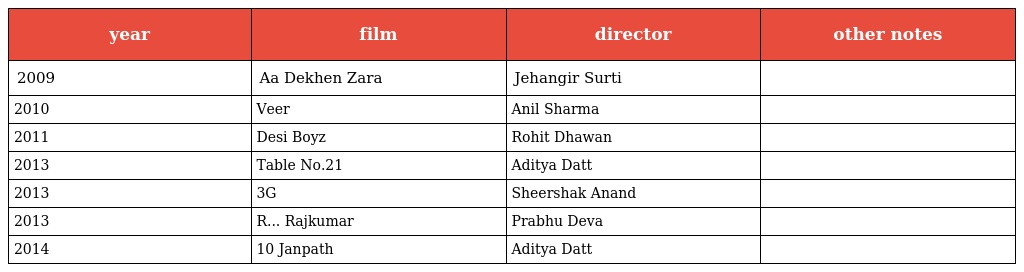
| year | film | director | other notes |
 | --- | --- | --- | --- |
 | 2009 | Aa Dekhen Zara | Jehangir Surti |  |
 | 2010 | Veer | Anil Sharma |  |
 | 2011 | Desi Boyz | Rohit Dhawan |  |
 | 2013 | Table No.21 | Aditya Datt |  |
 | 2013 | 3G | Sheershak Anand |  |
 | 2013 | R... Rajkumar | Prabhu Deva |  |
 | 2014 | 10 Janpath | Aditya Datt |  |